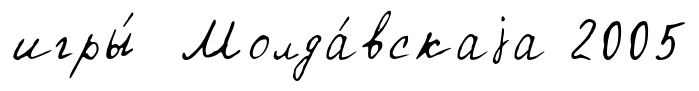
игры́ Молда́вскаjа 2005